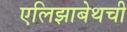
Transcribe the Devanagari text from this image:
एलिझाबेथची